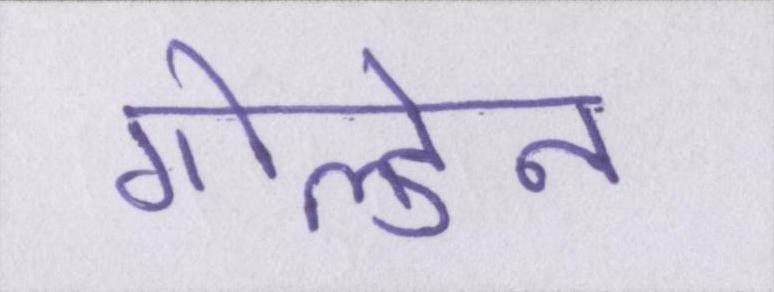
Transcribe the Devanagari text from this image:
गोल्डेन